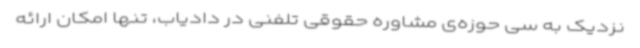
نزدیک به سی حوزه‌ی مشاوره حقوقی تلفنی در دادیاب، تنها امکان ارائه